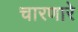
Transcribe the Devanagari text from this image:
चारणारे